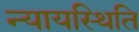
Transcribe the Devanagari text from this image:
न्यायस्थिति